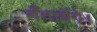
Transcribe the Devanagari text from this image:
गँवायेंगे।